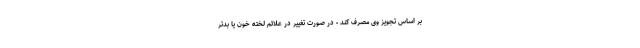
بر اساس تجویز وی مصرف کند - در صورت تغییر در علائم لخته خون یا بدتر